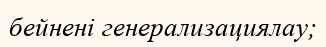
бейнені генерализациялау;